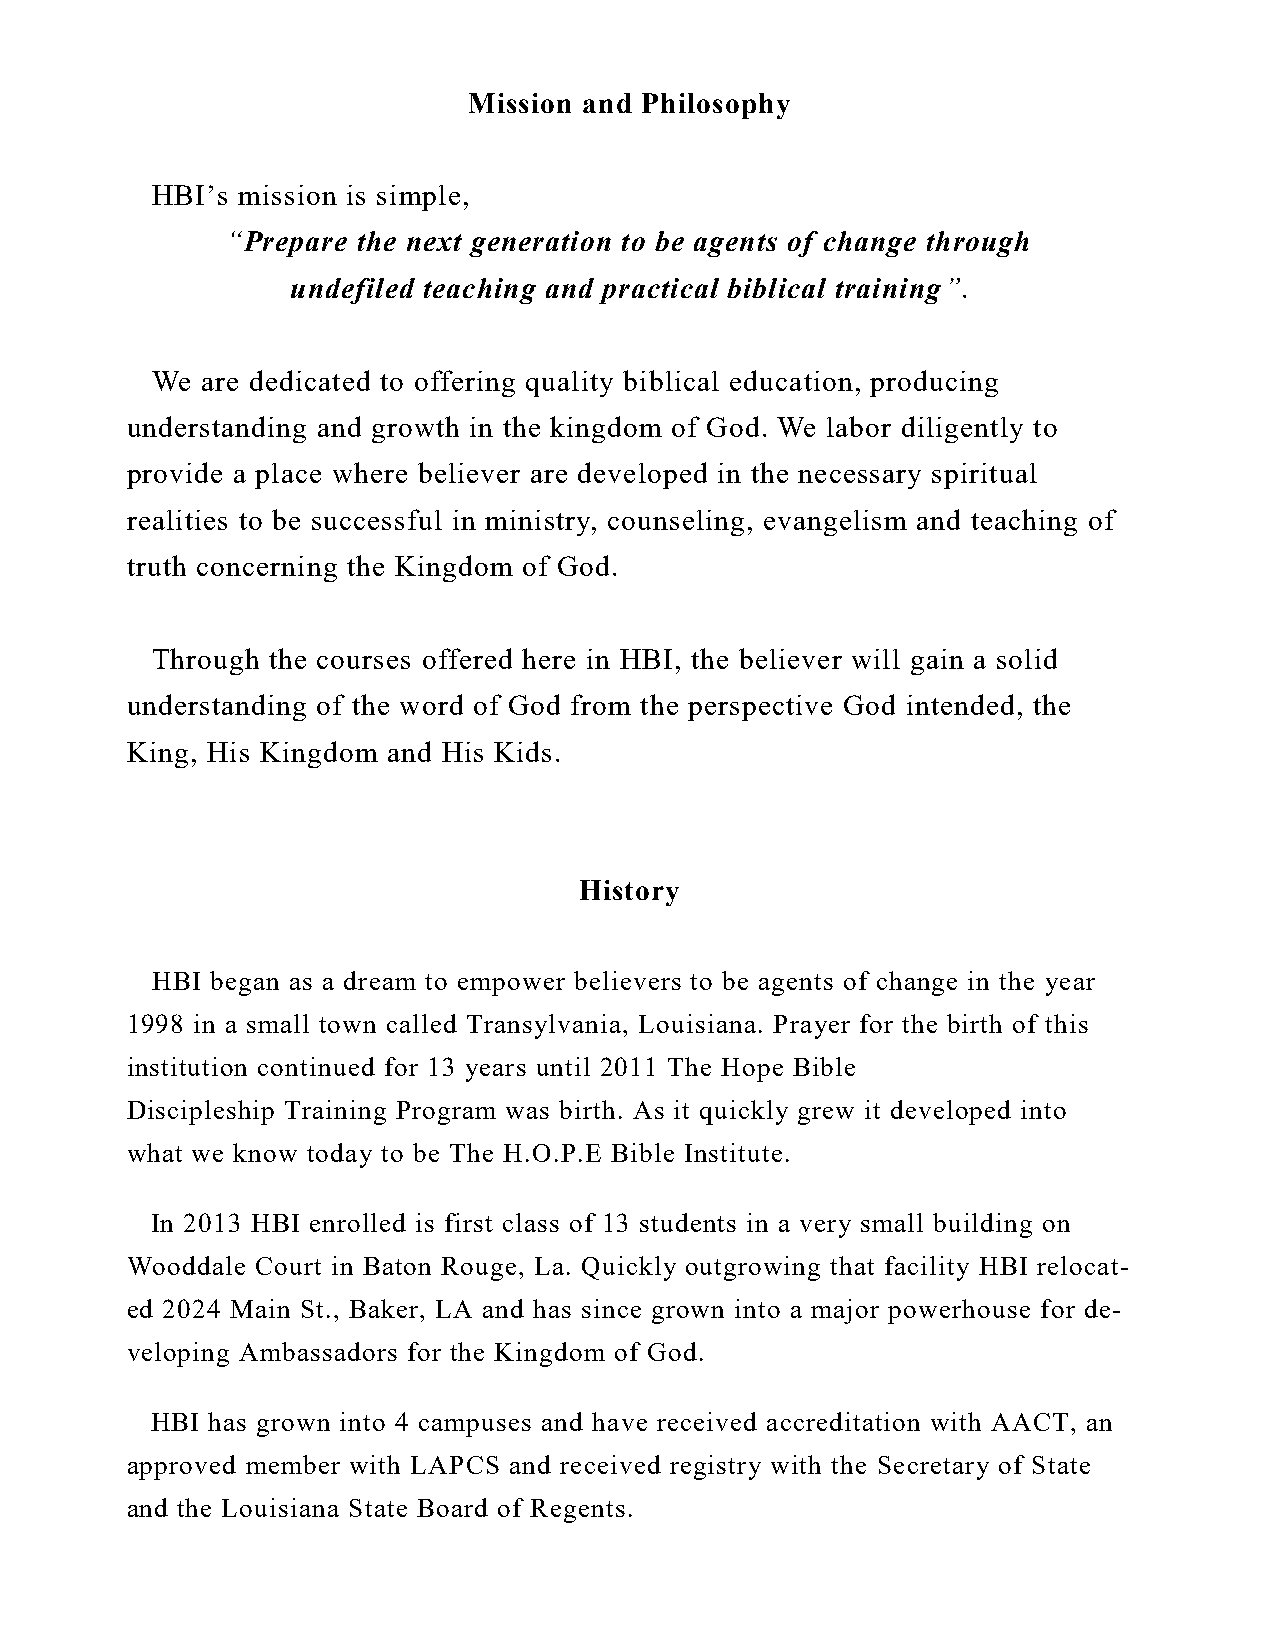
Mission and Philosophy
 HBI’s mission is simple,
 “Prepare the next generation to be agents of change through
 undefiled teaching and practical biblical training”.
 We are dedicated to offering quality biblical education, producing
 understanding and growth in the kingdom of God. We labor diligently to
 provide a place where believer are developed in the necessary spiritual
 realities to be successful in ministry, counseling, evangelism and teaching of
 truth concerning the Kingdom of God.
 Through the courses offered here in HBI, the believer will gain a solid
 understanding of the word of God from the perspective God intended, the
 King, His Kingdom and His Kids.
 History
 HBI began as a dream to empower believers to be agents of change in the year
 1998 in a small town called Transylvania, Louisiana. Prayer for the birth of this
 institution continued for 13 years until 2011 The Hope Bible
 Discipleship Training Program was birth. As it quickly grew it developed into
 what we know today to be The H.O.P.E Bible Institute.
 In 2013 HBI enrolled is first class of 13 students in a very small building on
 Wooddale Court in Baton Rouge, La. Quickly outgrowing that facility HBI relocat-
 ed 2024 Main St., Baker, LA and has since grown into a major powerhouse for de-
 veloping Ambassadors for the Kingdom of God.
 HBI has grown into 4 campuses and have received accreditation with AACT, an
 approved member with LAPCS and received registry with the Secretary of State
 and the Louisiana State Board of Regents.